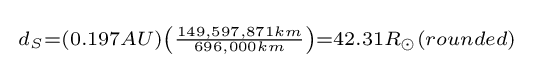
{\begin{smallmatrix}d_{S}={\left(0.197AU\right)}{\left({\frac {149,597,871km}{696,000km}}\right)}=42.31R_{\odot }(rounded)\end{smallmatrix}}